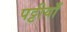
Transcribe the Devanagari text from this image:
पट्टीयाँ